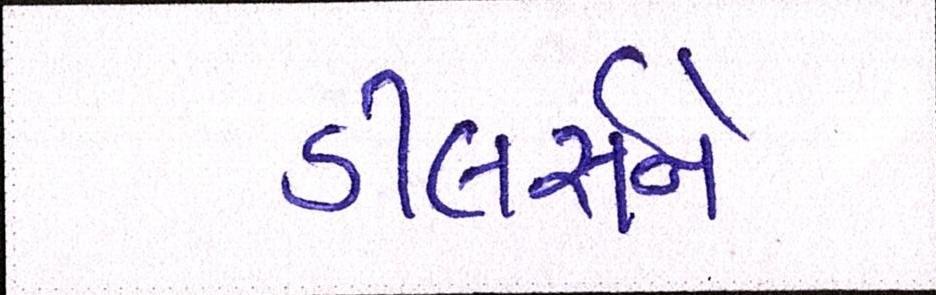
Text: ડીલર્સને